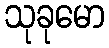
သုခုမော